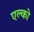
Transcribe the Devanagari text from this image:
एल्को